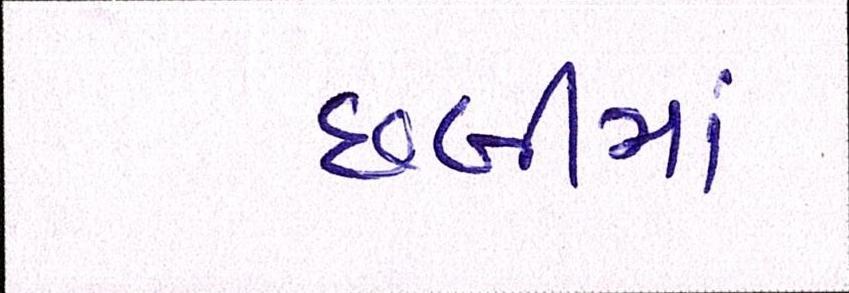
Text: છબીમાં